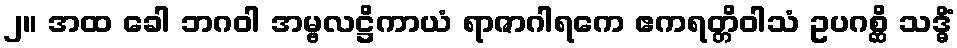
၂။ အထ ခေါ ဘဂဝါ အမ္ဗလဋ္ဌိကာယံ ရာဇာဂါရကေ ဧကရတ္တိဝါသံ ဥပဂစ္ဆိ သဒ္ဓိံ